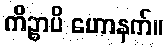
ကိဉ္စာပိ ဟောနက်။